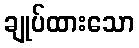
ချုပ်ထားသော